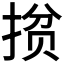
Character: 𭡘